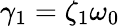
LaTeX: \gamma_{1}=\zeta_{1}\omega_{0}